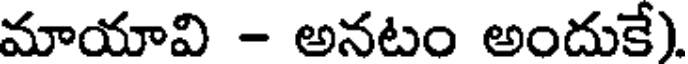
మాయావి - అనటం అందుకే).